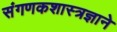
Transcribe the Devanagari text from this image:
संगणकशास्त्रज्ञाने